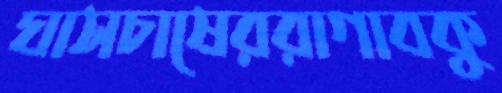
ঘাসচাষেররাগাবকু